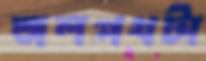
জলপথটা